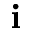
\mathbf { i }